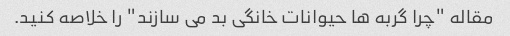
مقاله "چرا گربه ها حیوانات خانگی بد می سازند" را خلاصه کنید.